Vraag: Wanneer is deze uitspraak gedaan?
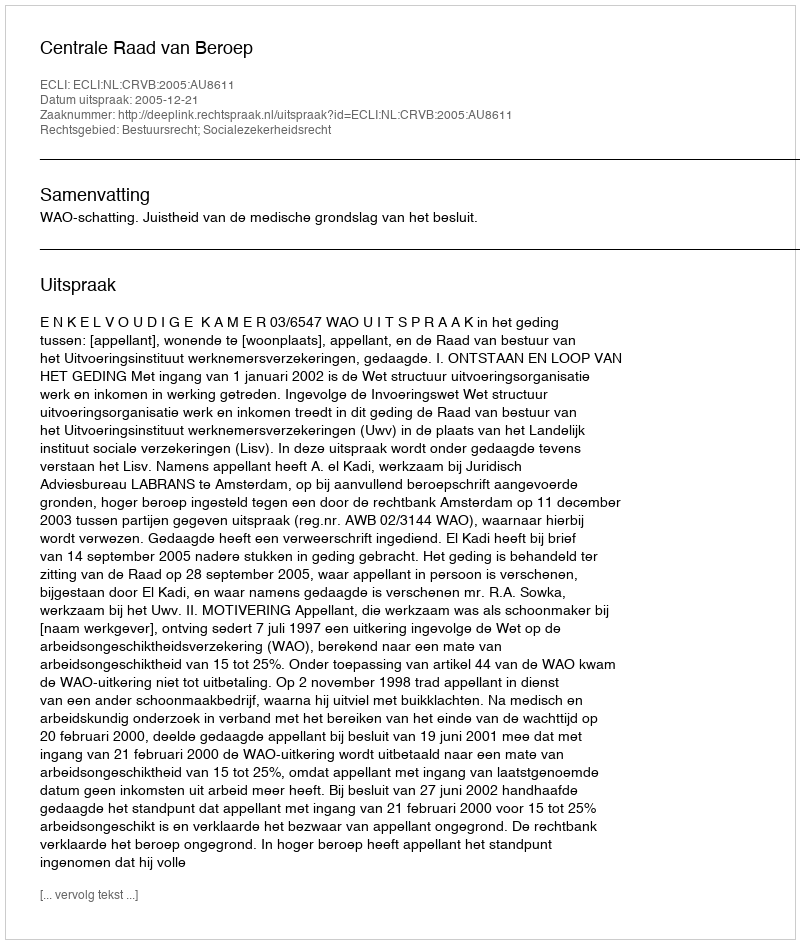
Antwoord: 2005-12-21